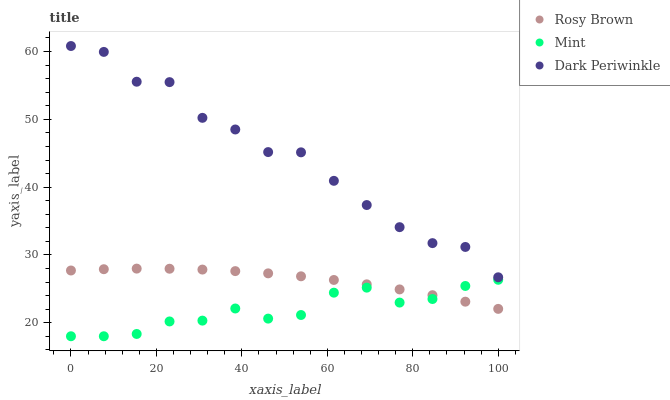
| xaxis_label | Rosy Brown | Mint | Dark Periwinkle |
 | --- | --- | --- | --- |
 | 0 | 27.7 | 18 | 60.8 |
 | 7.69 | 27.9 | 18 | 59.9 |
 | 15.4 | 28 | 18.3 | 55.5 |
 | 23.1 | 28 | 20.2 | 55.5 |
 | 30.8 | 27.8 | 20.3 | 50.2 |
 | 38.5 | 27.6 | 22.1 | 48.5 |
 | 46.2 | 27.3 | 20.6 | 45.2 |
 | 53.8 | 26.8 | 21.1 | 45.1 |
 | 61.5 | 26.3 | 24.4 | 40.9 |
 | 69.2 | 25.7 | 25.2 | 37.4 |
 | 76.9 | 24.9 | 23 | 34.1 |
 | 84.6 | 24.1 | 23.5 | 31.7 |
 | 92.3 | 23.1 | 25.4 | 31.2 |
 | 100 | 22 | 26.3 | 26.7 |